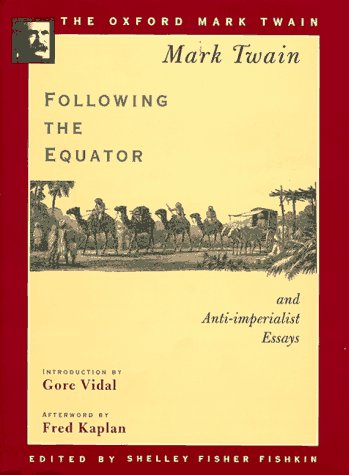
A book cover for Following the Equator and Anti-imperialist Essays (1897,1901,1905) (The Oxford Mark Twain); Mark Twain; Biographies & Memoirs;